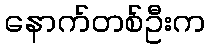
နောက်တစ်ဦးက